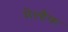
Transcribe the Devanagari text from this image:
मेल्हैक